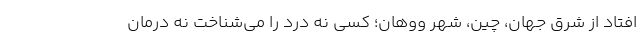
افتاد از شرق جهان، چین، شهر ووهان؛ کسی نه درد را می‌شناخت نه درمان